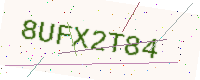
Text: 8UFX2T84